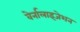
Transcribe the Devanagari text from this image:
वेर्नालाइजेशन